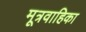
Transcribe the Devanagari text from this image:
मूत्रवाहिका